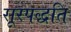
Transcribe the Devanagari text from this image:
सूरपद्धति